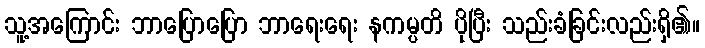
သူ့အကြောင်း ဘာပြောပြော ဘာရေးရေး နကမ္ပတိ ပိုပြီး သည်းခံခြင်းလည်းရှိ၏။